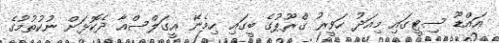
އައްޑޫ ސިޓީގައި މިއަދު ހަވީރު ގްރޫޕުގެ ބީގައި ހިމެނޭ އީގަލްސްއާ ދެކޮޅަށް ނުކުތުމުގެ